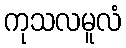
ကုသလမူလံ